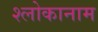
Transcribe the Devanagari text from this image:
श्लोकानाम